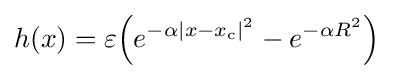
h(x)=\varepsilon {\Big (}e^{-\alpha |x-x_{\text{c}}|^{2}}-e^{-\alpha R^{2}}{\Big )}